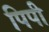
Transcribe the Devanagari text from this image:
पिपी